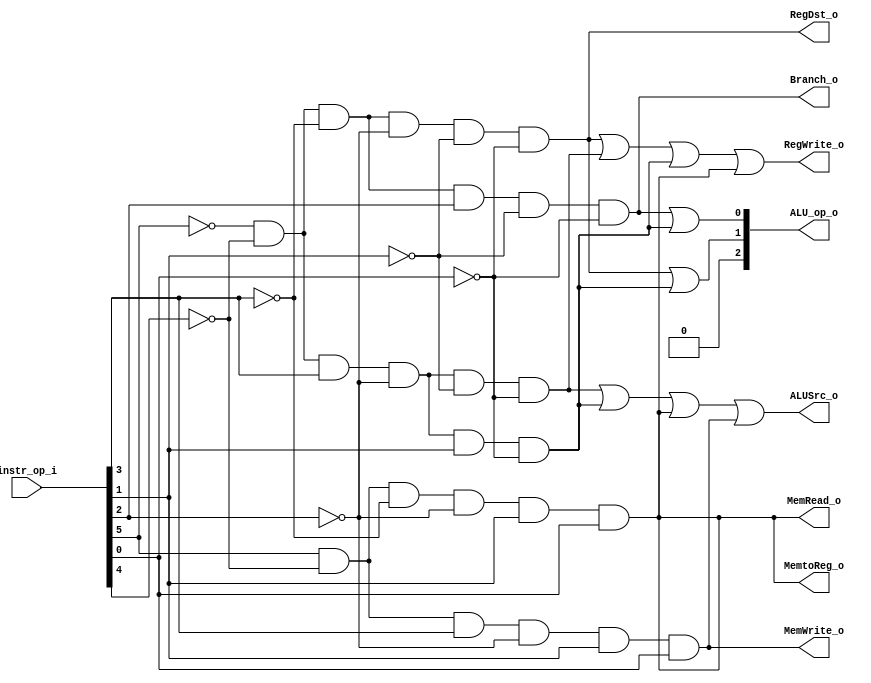
//Subject:     CO project 2 - Decoder
//--------------------------------------------------------------------------------
//Version:     1
//--------------------------------------------------------------------------------
//Writer:      0516215 ???
//----------------------------------------------
//Date:        
//----------------------------------------------
//Description: 
//--------------------------------------------------------------------------------

module Decoder(
    instr_op_i,
	RegWrite_o,
	ALU_op_o,
	ALUSrc_o,
	RegDst_o,
	Branch_o,
	//Jump_o,
	MemRead_o,
	MemWrite_o,
	MemtoReg_o
	);
     
//I/O ports
input  [6-1:0] instr_op_i;

output         RegWrite_o;
output [3-1:0] ALU_op_o;
output         ALUSrc_o;
output         RegDst_o;
output         Branch_o;
//output 		   Jump_o;
output		   MemRead_o;
output		   MemWrite_o;
output		   MemtoReg_o;

 
//Internal Signals
reg    [3-1:0] ALU_op_o;
reg            ALUSrc_o;
reg            RegWrite_o;
reg            RegDst_o;
reg            Branch_o;

//reg 		   Jump_o;
reg			   MemRead_o;
reg		   	   MemWrite_o;
reg		       MemtoReg_o;
//reg		   	   BranchType_o;
//reg 		   Jr_o;

wire 		   R_type;
wire		   addi;
wire           slti;
wire           beq;
wire		   lw;
wire		   sw;
//wire		   jump;
//wire		   jal;
//wire		   jr;


//Parameter


//Main function

assign R_type = (~instr_op_i[5])&(~instr_op_i[4])&(~instr_op_i[3])&(~instr_op_i[2])&(~instr_op_i[1])&(~instr_op_i[0]);  //000000
assign addi   = (~instr_op_i[5])&(~instr_op_i[4])&( instr_op_i[3])&(~instr_op_i[2])&(~instr_op_i[1])&(~instr_op_i[0]);  //001000
assign slti   = (~instr_op_i[5])&(~instr_op_i[4])&( instr_op_i[3])&(~instr_op_i[2])&( instr_op_i[1])&(~instr_op_i[0]);  //001010
assign beq    = (~instr_op_i[5])&(~instr_op_i[4])&(~instr_op_i[3])&( instr_op_i[2])&(~instr_op_i[1])&(~instr_op_i[0]);  //000100
assign lw     = ( instr_op_i[5])&(~instr_op_i[4])&(~instr_op_i[3])&(~instr_op_i[2])&( instr_op_i[1])&( instr_op_i[0]);  //100011
assign sw     = ( instr_op_i[5])&(~instr_op_i[4])&( instr_op_i[3])&(~instr_op_i[2])&( instr_op_i[1])&( instr_op_i[0]);  //101011
//assign jump   = (~instr_op_i[5])&(~instr_op_i[4])&(~instr_op_i[3])&(~instr_op_i[2])&( instr_op_i[1])&(~instr_op_i[0]);  //000010
//assign jal    = (~instr_op_i[5])&(~instr_op_i[4])&(~instr_op_i[3])&(~instr_op_i[2])&( instr_op_i[1])&( instr_op_i[0]);  //000011
//assign jr     = (~instr_op_i[5])&(~instr_op_i[4])&(~instr_op_i[3])&(~instr_op_i[2])&(~instr_op_i[1])&(~instr_op_i[0]);  //000000


always @(instr_op_i)begin

	RegDst_o     <= R_type;
	RegWrite_o   <= R_type |  addi | slti | lw;
	Branch_o     <= beq;
	ALUSrc_o     <= addi | slti | lw | sw;

	MemRead_o	 <= lw;
	MemWrite_o   <= sw;
	MemtoReg_o   <= lw;
	//Jump_o       <= jump;
	//Jr_o         <= jr;

	ALU_op_o[2]  <= 0;
	ALU_op_o[1]  <= R_type | slti;
	ALU_op_o[0]  <= beq | slti; 

end
endmodule